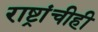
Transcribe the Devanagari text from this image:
राष्ट्रांचीही